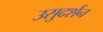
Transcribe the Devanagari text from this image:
उसुदर्शन